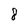
Character: 8